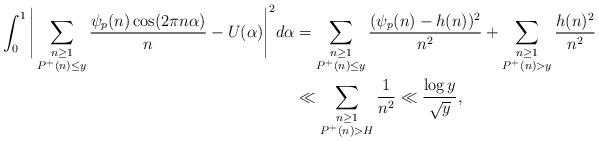
LaTeX: \begin{align*} \int_0^{1}\Bigg|\sum_{\substack{n\geq 1\\P^{+}(n)\leq y}} \frac{\psi_p(n) \cos(2\pi n\alpha)}{n} - U(\alpha)\Bigg|^2d\alpha & = \sum_{\substack{n\geq 1\\ P^+(n)\leq y}} \frac{(\psi_p(n)- h(n))^2}{n^2} + \sum_{\substack{n\geq 1\\ P^+(n)> y}} \frac{h(n)^2}{n^2}\\ & \ll \sum_{\substack{n\geq 1\\P^{+}(n)>H}}\frac{1}{n^2} \ll \frac{\log y}{\sqrt{y}}, \end{align*}